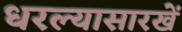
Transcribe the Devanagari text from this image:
धरल्यासारखें